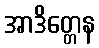
အာဒိတ္တေန